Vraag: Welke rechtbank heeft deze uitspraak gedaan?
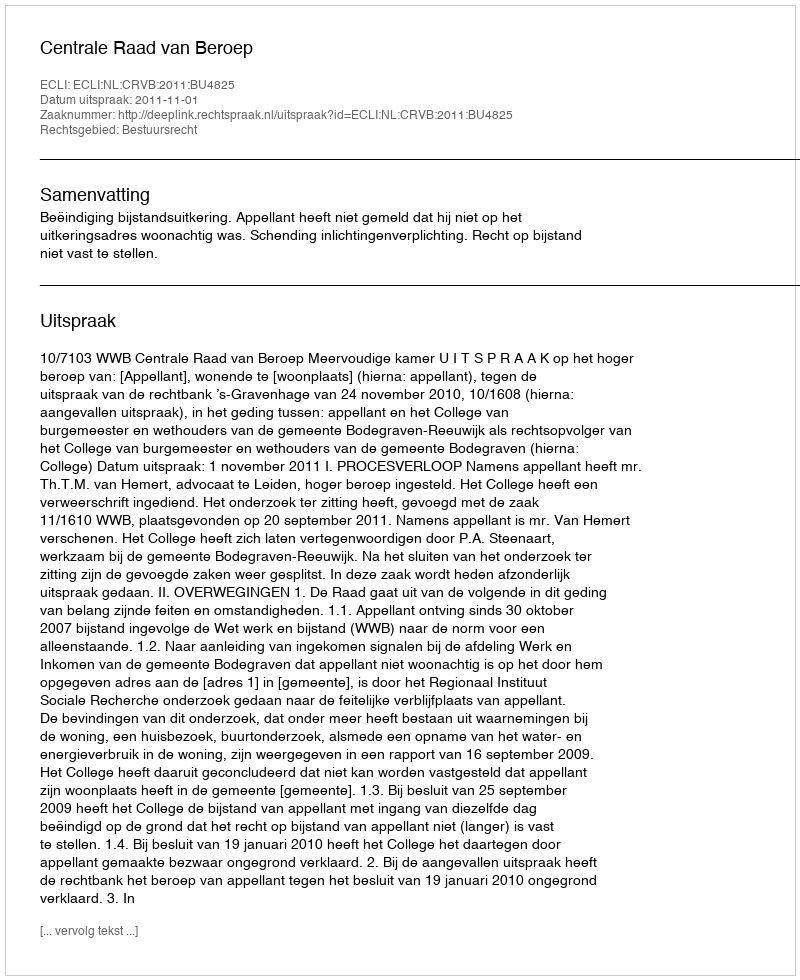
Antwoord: Centrale Raad van Beroep